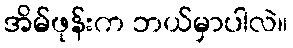
အိမ်ဖုန်းက ဘယ်မှာပါလဲ။